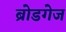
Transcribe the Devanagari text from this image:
ब्रोडगेज